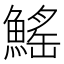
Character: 鰩